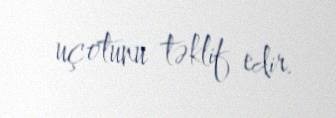
uçotunu təklif edir.